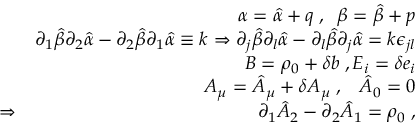
\begin{array} { r l r } & { } & { \alpha = \hat { \alpha } + q \; , \; \; \beta = \hat { \beta } + p } \\ & { } & { \partial _ { 1 } \hat { \beta } \partial _ { 2 } \hat { \alpha } - \partial _ { 2 } \hat { \beta } \partial _ { 1 } \hat { \alpha } \equiv k \Rightarrow \partial _ { j } \hat { \beta } \partial _ { l } \hat { \alpha } - \partial _ { l } \hat { \beta } \partial _ { j } \hat { \alpha } = k \epsilon _ { j l } } \\ & { } & { B = \rho _ { 0 } + \delta b \; , E _ { i } = \delta e _ { i } } \\ & { } & { A _ { \mu } = \hat { A } _ { \mu } + \delta A _ { \mu } \; , \; \; \; \hat { A } _ { 0 } = 0 } \\ & { \Rightarrow } & { \partial _ { 1 } \hat { A } _ { 2 } - \partial _ { 2 } \hat { A } _ { 1 } = \rho _ { 0 } \; , } \end{array}